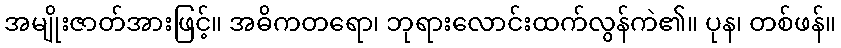
အမျိုးဇာတ်အားဖြင့်။ အဓိကတရော၊ ဘုရားလောင်းထက်လွန်ကဲ၏။ ပုန၊ တစ်ဖန်။